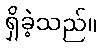
ရှိခဲ့သည်။